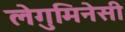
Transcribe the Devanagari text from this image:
लेगुमिनेसी